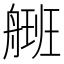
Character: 𰰒